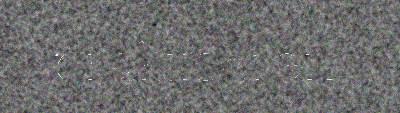
praktiseren